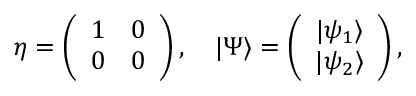
\eta = \left( \begin{array} { c c } { { 1 } } & { { 0 } } \\ { { 0 } } & { { 0 } } \end{array} \right) , \quad | \Psi \rangle = \left( \begin{array} { c } { { | \psi _ { 1 } \rangle } } \\ { { | \psi _ { 2 } \rangle } } \end{array} \right) ,